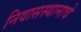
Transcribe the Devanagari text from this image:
निवासस्थानाचे